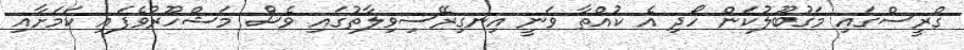
ގްރީސްގައި މަގުބޫލުކަން ހޯދި އެ ކުއްތާ ވަނީ އިނގިރޭސިވިލާތުގައި ވެސް މަޝްހޫރުވެފައި ކަމަށާއި